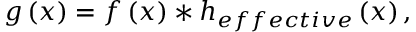
g \left( x \right) = f \left( x \right) * h _ { e f f e c t i v e } \left( x \right) ,